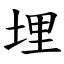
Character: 埋